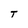
Character: T